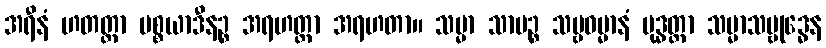
အရီနံ ဟတတ္တာ ပစ္စယာဒီနဉ္စ အရဟတ္တာ အရဟတာ။ သမ္မာ သာမဉ္စ သဗ္ဗဓမ္မာနံ ဗုဒ္ဓတ္တာ သမ္မာသမ္ဗုဒ္ဓေန